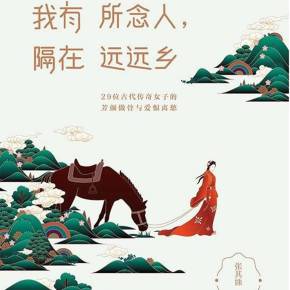
我有所念人，隔在远远乡。